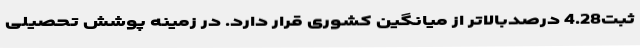
ثبت4.28 درصدبالاتر از میانگین کشوری قرار دارد. در زمینه پوشش تحصیلی